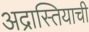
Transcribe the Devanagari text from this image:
अद्रास्तियाची